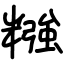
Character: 糨